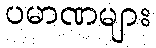
ပမာဏများ